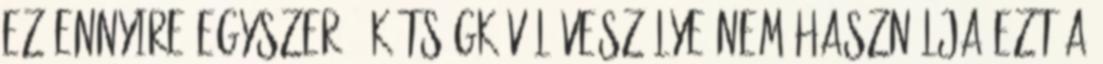
Ez ennyire egyszerű. Kétségkívül veszélye nem használja ezt a